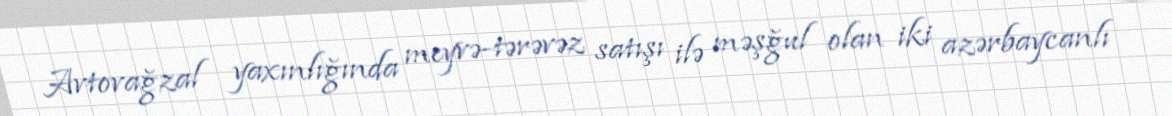
Avtovağzal yaxınlığında meyvə-tərəvəz satışı ilə məşğul olan iki azərbaycanlı